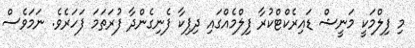
މި ފިލްމަކީ މަނީޝް ޑައިރެކްޓްކުރާ ފިލްމެއްގައި ދިޕިކާ ފެނިގެންދާ ފުރަތަމަ ފަހަރެވެ. ނަމަވެސް